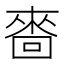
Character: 𠻮